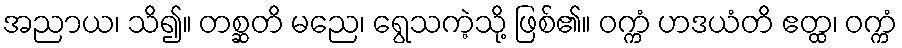
အညာယ၊ သိ၍။ တစ္ဆတိ မညေ၊ ရွေသကဲ့သို့ ဖြစ်၏။ ဝက္ကံ ဟဒယံတိ ဧတ္ထ၊ ဝက္ကံ